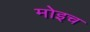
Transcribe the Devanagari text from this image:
मोइच